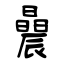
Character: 曟